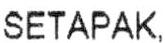
SETAPAK,